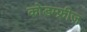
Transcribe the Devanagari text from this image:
कोडम्फ्रीज़